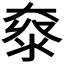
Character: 𡙌